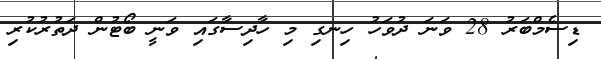
ޑިސެމްބަރު 28 ވަނަ ދުވަހު ހިނގި މި ހާދިސާގައި ވަނީ ބޯޓުން ދަތުރުކުރި